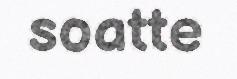
soatte